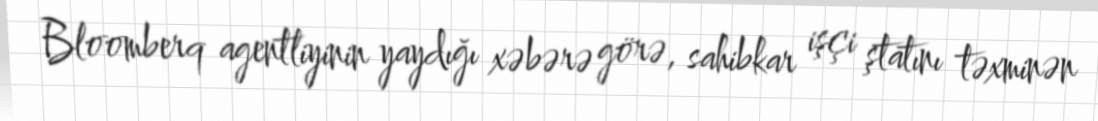
Bloomberq agentliyinin yaydığı xəbərə görə, sahibkar işçi ştatını təxminən